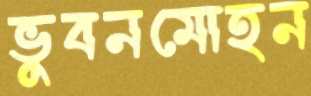
ভুবনমোহন